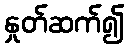
နှုတ်ဆက်၍